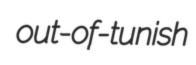
out-of-tunish